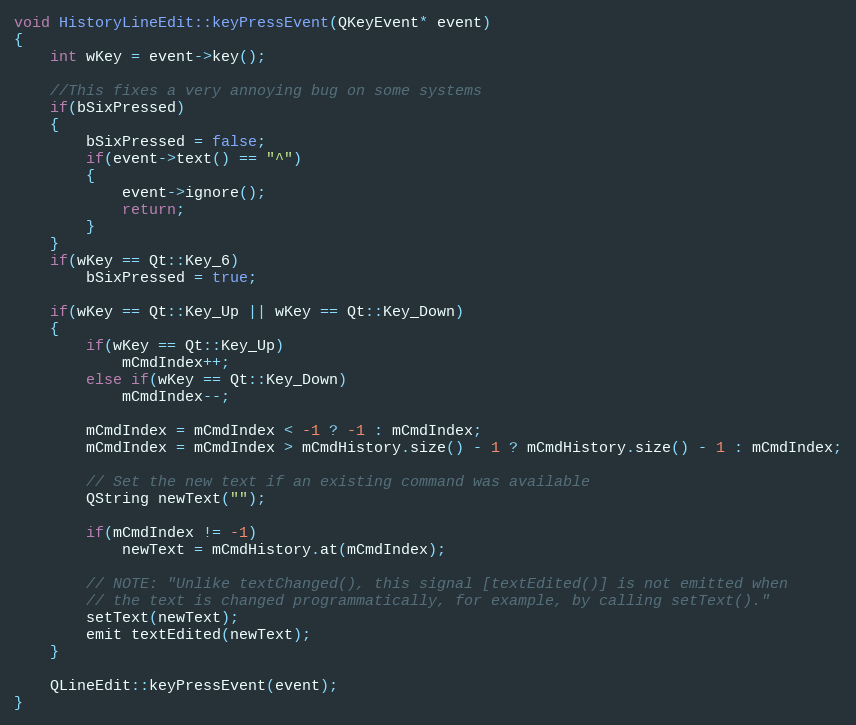
Language: C++
void HistoryLineEdit::keyPressEvent(QKeyEvent* event)
{
    int wKey = event->key();

    //This fixes a very annoying bug on some systems
    if(bSixPressed)
    {
        bSixPressed = false;
        if(event->text() == "^")
        {
            event->ignore();
            return;
        }
    }
    if(wKey == Qt::Key_6)
        bSixPressed = true;

    if(wKey == Qt::Key_Up || wKey == Qt::Key_Down)
    {
        if(wKey == Qt::Key_Up)
            mCmdIndex++;
        else if(wKey == Qt::Key_Down)
            mCmdIndex--;

        mCmdIndex = mCmdIndex < -1 ? -1 : mCmdIndex;
        mCmdIndex = mCmdIndex > mCmdHistory.size() - 1 ? mCmdHistory.size() - 1 : mCmdIndex;

        // Set the new text if an existing command was available
        QString newText("");

        if(mCmdIndex != -1)
            newText = mCmdHistory.at(mCmdIndex);

        // NOTE: "Unlike textChanged(), this signal [textEdited()] is not emitted when
        // the text is changed programmatically, for example, by calling setText()."
        setText(newText);
        emit textEdited(newText);
    }

    QLineEdit::keyPressEvent(event);
}